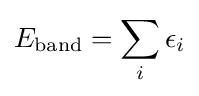
E_{\rm {band}}=\sum _{i}\epsilon _{i}